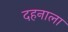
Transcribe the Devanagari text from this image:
दहनाला